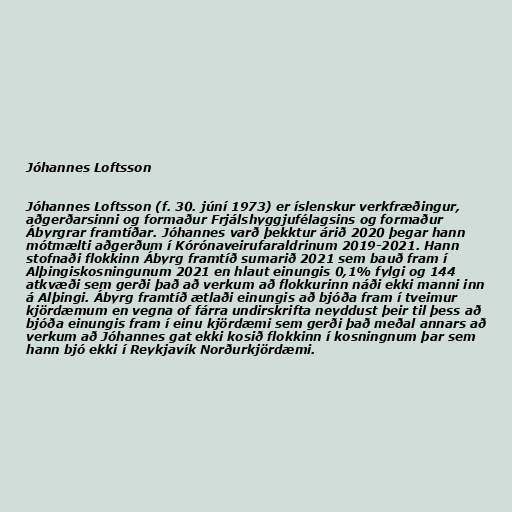
Jóhannes Loftsson

Jóhannes Loftsson (f. 30. júní 1973) er íslenskur verkfræðingur,
aðgerðarsinni og formaður Frjálshyggjufélagsins og formaður
Ábyrgrar framtíðar. Jóhannes varð þekktur árið 2020 þegar hann
mótmælti aðgerðum í Kórónaveirufaraldrinum 2019-2021. Hann
stofnaði flokkinn Ábyrg framtíð sumarið 2021 sem bauð fram í
Alþingiskosningunum 2021 en hlaut einungis 0,1% fylgi og 144
atkvæði sem gerði það að verkum að flokkurinn náði ekki manni inn
á Alþingi. Ábyrg framtíð ætlaði einungis að bjóða fram í tveimur
kjördæmum en vegna of fárra undirskrifta neyddust þeir til þess að
bjóða einungis fram í einu kjördæmi sem gerði það meðal annars að
verkum að Jóhannes gat ekki kosið flokkinn í kosningnum þar sem
hann bjó ekki í Reykjavík Norðurkjördæmi.